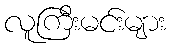
လူကြီးမင်းများ